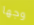
وجها